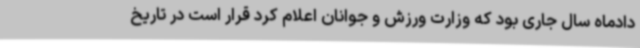
دادماه سال جاری بود که وزارت ورزش و جوانان اعلام کرد قرار است در تاریخ